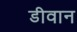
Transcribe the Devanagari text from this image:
डीवान